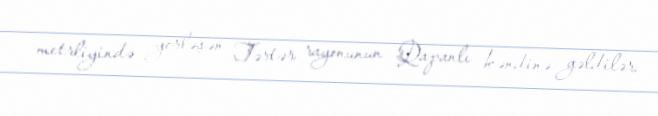
metrliyində yerləşən Tərtər rayonunun Qapanlı kəndinə gəldilər.